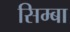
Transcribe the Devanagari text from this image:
सिम्बा